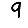
Digit: 9